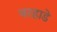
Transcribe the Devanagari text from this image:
वरहाडे